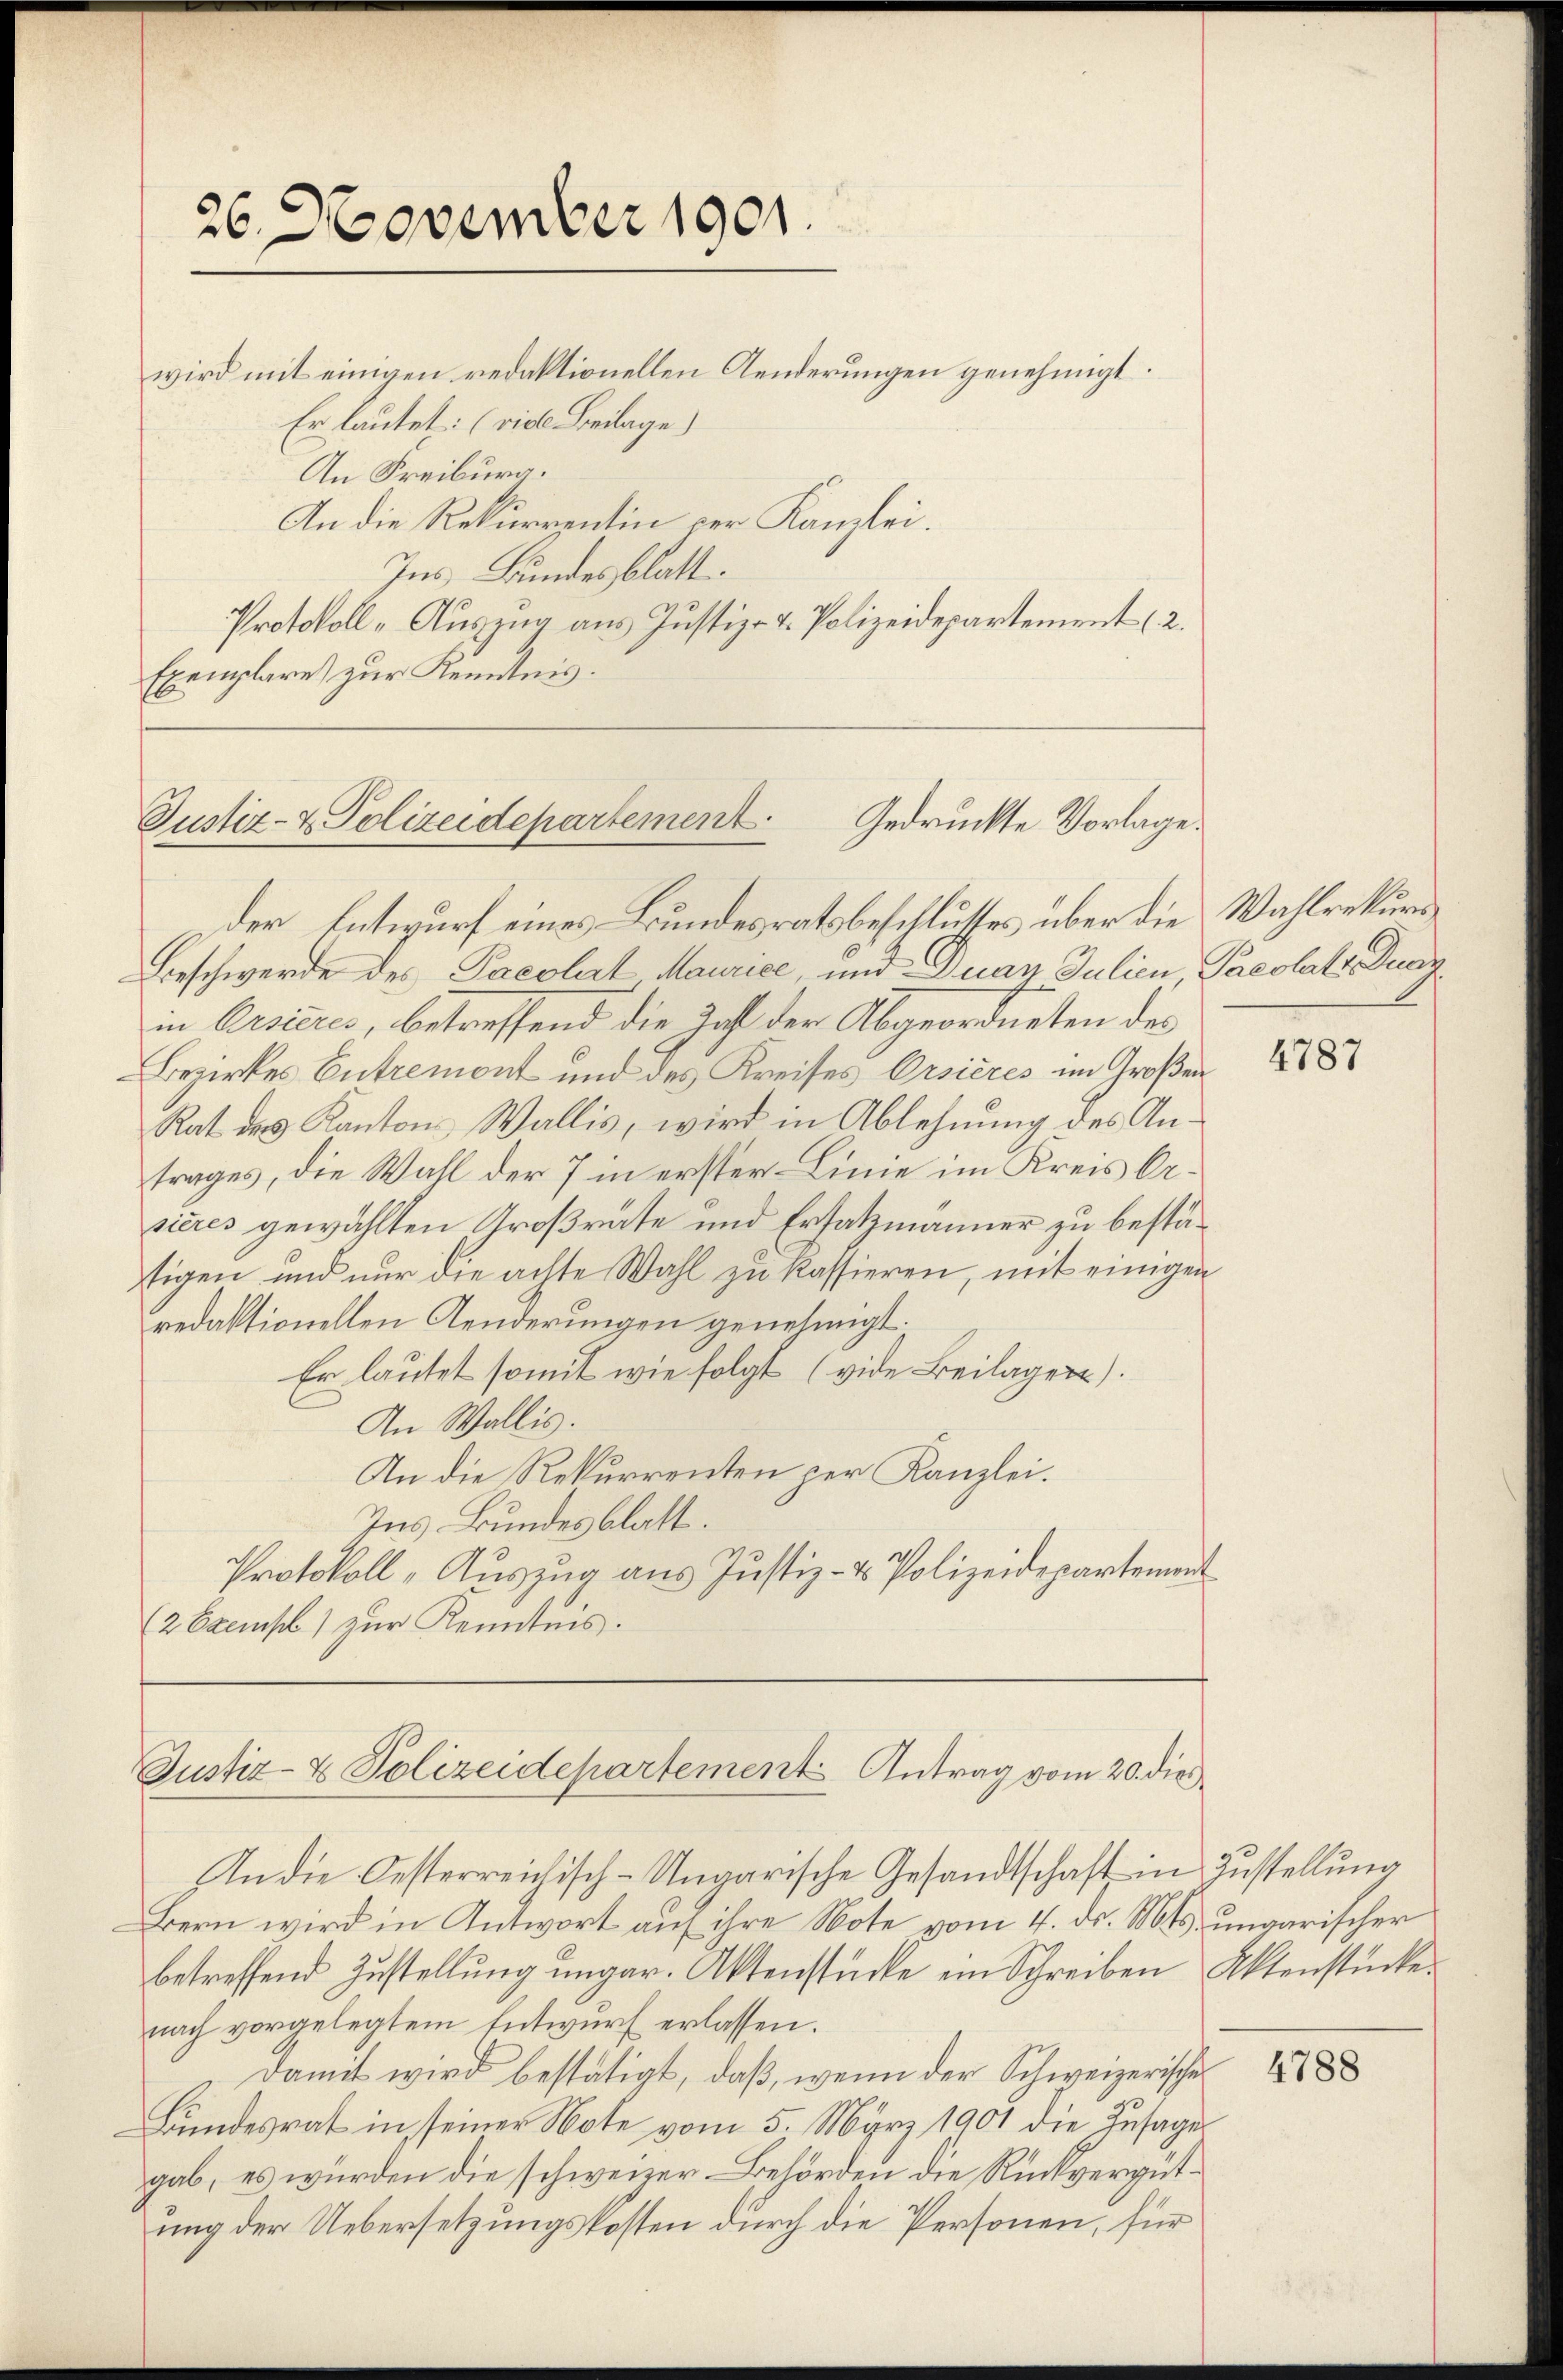
26. November 1901.

wird mit einigen redaktionellen Aenderungen genehmigt
Er lautet: (viele Beilage)
An Freiburg.
An die Rekurrentin der Kanzlei.
Ins Bundesblatt.
Protokoll-Auszug aus Justiz- u. Polizeidepartement (2.
Exemplare zur Kenntnis.

Justiz- & Polizeidepartement. Gedruckte Vorlage
der Entwurf eines Bundesratsbeschlusses über die Wahlrekurs¬

Beschwerde des Pacolat Maurice, und Duan Julien Pacolats Dunz
in Ersieres, betreffend die Zahl der Abgeordneten des
Bezirkes Entremont und des Kreises Orsieres im Großen
Rat des Kantons Wallis, wird in Ablehnung des Antrages, die Wahl der 7 in erster Linie im Kreis Arsieres gewählten Großrate und Ersatzmänner zu bestätigen und nur die achte Wahl zu kassieren, mit einigen
redaktionellen Aenderungen genehmigt.
Er lautet somit wie folgt (vide Beilagen).
An Wallis.
An die Rekurrenten per Kanzlei.
Ins. Bundesblatt.
Protokoll „Auszug aus Justiz- & Polizeidepartement
(2 Exempl) zur Kenntnis.

Justiz- & Polizeidepartement Antrag vom 20. die
An die Oesterreichisch-Ungarische Gesandtschaft in Zustellung

Bern wird in Antwort auf ihre Note vom 4. ds. Mts. ungarischer
betreffend Zustellung ungar. Aktenstücke ein Schreiben Aktenstücke
nach vorgelegtem Entwurf erlassen.
Damit wird bestätigt, daß, wenn der Schweizerischer
Bundesrat in seiner Note vom 5. März 1901 die Zusage
gab, es wurden die schweizer Behörden die Rückvergütung der Uebersetzungskosten durch die Personen, für

4787

4788